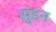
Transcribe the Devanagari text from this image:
सुंडन